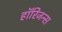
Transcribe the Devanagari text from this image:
हॉरिजन्स